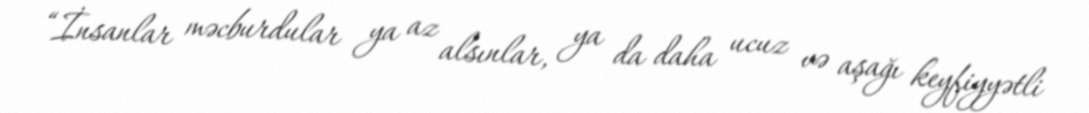
“İnsanlar məcburdular ya az alsınlar, ya da daha ucuz və aşağı keyfiyyətli